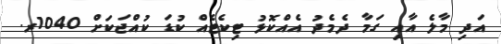
އަދި މާލެ އާއި ގަމާ ދެމެދު އެއްކޮޅު ޓިކެޓެއް ކުޑަ ކުއްޖަކަށް 1040ރ.